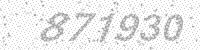
Solution: 871930